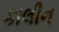
કાલીન